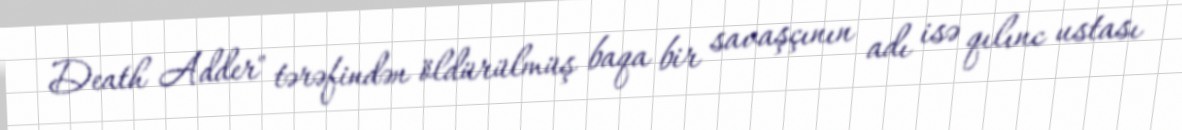
Death Adder" tərəfindən öldürülmüş baqa bir savaşçının adı isə qılınc ustası